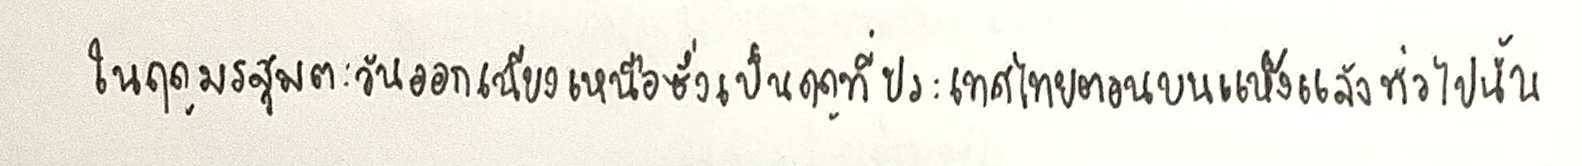
ในฤดูมรสุมตะวันออกเฉียงเหนือซึ่งเป็นฤดูที่ประเทศไทยตอนบนแห้งแล้งทั่วไปนั้น